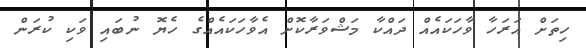
ހިތަށް އަރަހާ ވާހަކައެއް ދައްކާ މަޝްވަރާކޮށް އެވާހަކައެއްގެ ހެޔޮ ނުބައި ވަކި ކުރަން